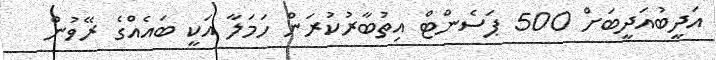
އަދީބުއަދީބަށް 500 ޕަސެންޓް އިތުބާރުކުރަން ހަމަލާ އަކީ ބައެއްގެ ރޭވުން